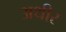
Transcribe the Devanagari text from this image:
अथीर